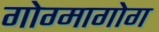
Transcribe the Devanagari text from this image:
गोग्मागोग